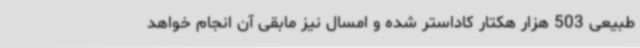
طبیعی 503 هزار هکتار کاداستر شده و امسال نیز مابقی آن انجام خواهد